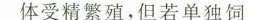
体受精繁殖，但若单独饲